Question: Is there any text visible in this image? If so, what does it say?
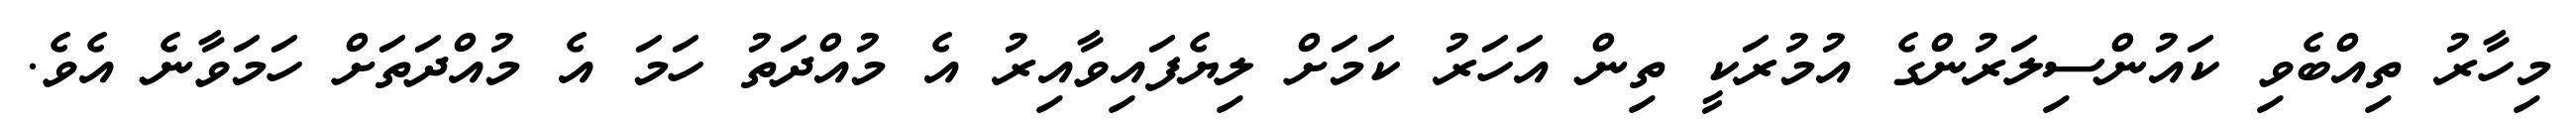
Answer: މިހާރު ތިއްބެވި ކައުންސިލަރުންގެ އުމުރަކީ ތިން އަހަރު ކަމަށް ލިޔެފައިވާއިރު އެ މުއްދަތު ހަމަ އެ މުއްދަތަށް ހަމަވާނެ އެވެ.